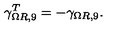
\gamma _ { \Omega R , 9 } ^ { T } = - \gamma _ { \Omega R , 9 } .